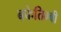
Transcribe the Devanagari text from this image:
बफेतिम्बी